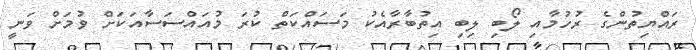
ރައްޔިތުންގެ ރުހުމާއި ލޯބި ލިބި އިތުބާރާއެކު މަސައްކަތް ކުރަ މުއައްސަސާއަކަށް ވުމަށް ވަނީ